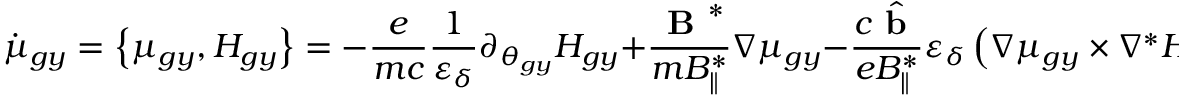
\dot { \mu } _ { g y } = \left\{ \mu _ { g y } , H _ { g y } \right\} = - \frac { e } { m c } \frac { 1 } { \varepsilon _ { \delta } } \partial _ { \theta _ { g y } } H _ { g y } + \frac { \textbf { B } ^ { * } } { m { B } _ { \parallel } ^ { * } } \nabla \mu _ { g y } - \frac { c \hat { \textbf { b } } } { e { B } _ { \parallel } ^ { * } } \varepsilon _ { \delta } \left( \nabla \mu _ { g y } \times \nabla ^ { * } H _ { g y } \right) ,